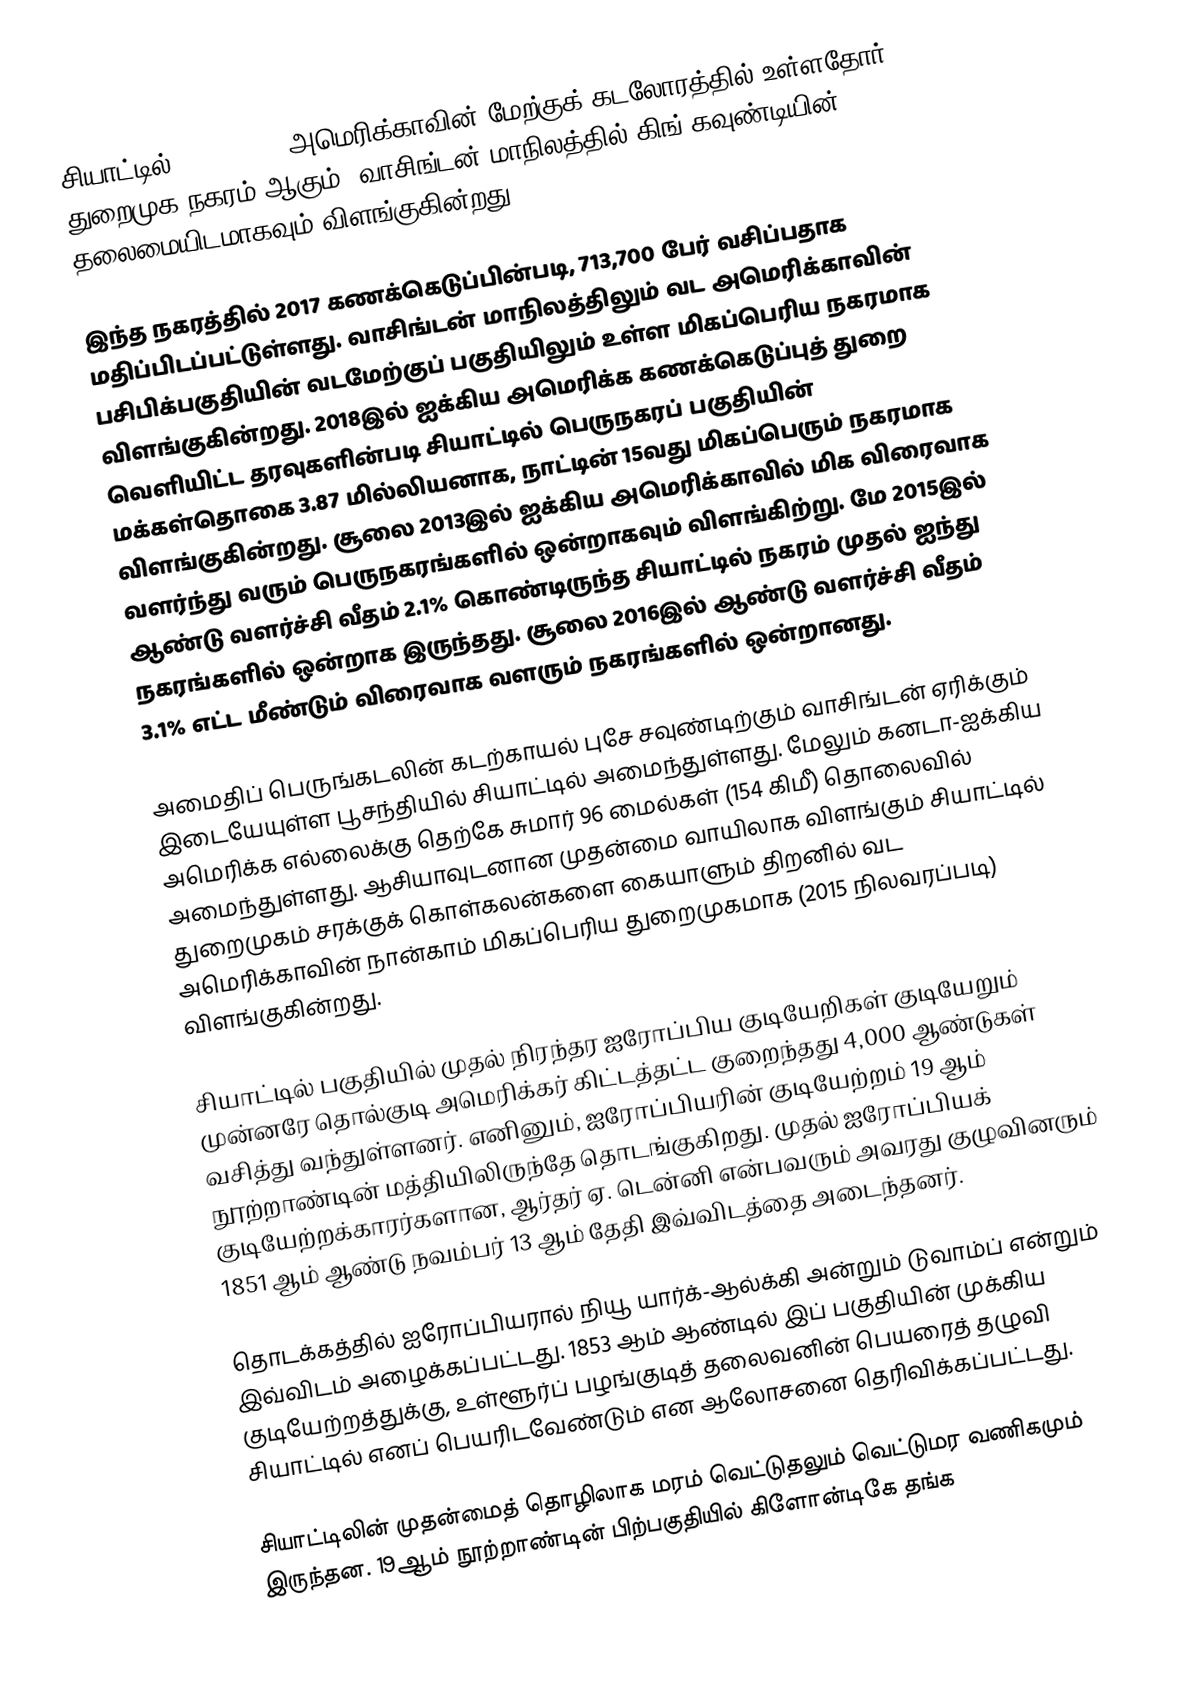
சியாட்டில் (Seattle  ) அமெரிக்காவின் மேற்குக் கடலோரத்தில் உள்ளதோர் துறைமுக நகரம் ஆகும்.  வாசிங்டன் மாநிலத்தில் கிங் கவுண்டியின் தலைமையிடமாகவும் விளங்குகின்றது.

இந்த நகரத்தில் 2017 கணக்கெடுப்பின்படி,  713,700 பேர் வசிப்பதாக மதிப்பிடப்பட்டுள்ளது. வாசிங்டன் மாநிலத்திலும் வட அமெரிக்காவின் பசிபிக்பகுதியின் வடமேற்குப் பகுதியிலும் உள்ள மிகப்பெரிய நகரமாக விளங்குகின்றது. 2018இல் ஐக்கிய அமெரிக்க கணக்கெடுப்புத் துறை வெளியிட்ட தரவுகளின்படி சியாட்டில் பெருநகரப் பகுதியின் மக்கள்தொகை 3.87 மில்லியனாக, நாட்டின் 15வது மிகப்பெரும் நகரமாக விளங்குகின்றது. சூலை 2013இல் ஐக்கிய அமெரிக்காவில் மிக விரைவாக வளர்ந்து வரும் பெருநகரங்களில் ஒன்றாகவும் விளங்கிற்று. மே 2015இல் ஆண்டு வளர்ச்சி வீதம்  2.1% கொண்டிருந்த சியாட்டில் நகரம் முதல் ஐந்து நகரங்களில் ஒன்றாக இருந்தது. சூலை 2016இல்  ஆண்டு வளர்ச்சி வீதம்  3.1% எட்ட மீண்டும் விரைவாக வளரும் நகரங்களில் ஒன்றானது.

அமைதிப் பெருங்கடலின் கடற்காயல் புசே சவுண்டிற்கும்  வாசிங்டன் ஏரிக்கும் இடையேயுள்ள பூசந்தியில்  சியாட்டில் அமைந்துள்ளது. மேலும் கனடா-ஐக்கிய அமெரிக்க எல்லைக்கு தெற்கே சுமார் 96 மைல்கள் (154 கிமீ) தொலைவில் அமைந்துள்ளது. ஆசியாவுடனான முதன்மை வாயிலாக விளங்கும் சியாட்டில் துறைமுகம் சரக்குக் கொள்கலன்களை கையாளும் திறனில் வட அமெரிக்காவின் நான்காம் மிகப்பெரிய துறைமுகமாக (2015 நிலவரப்படி) விளங்குகின்றது.

சியாட்டில் பகுதியில் முதல் நிரந்தர ஐரோப்பிய குடியேறிகள் குடியேறும் முன்னரே தொல்குடி அமெரிக்கர் கிட்டத்தட்ட குறைந்தது 4,000 ஆண்டுகள் வசித்து வந்துள்ளனர். எனினும், ஐரோப்பியரின் குடியேற்றம் 19 ஆம் நூற்றாண்டின் மத்தியிலிருந்தே தொடங்குகிறது. முதல் ஐரோப்பியக் குடியேற்றக்காரர்களான, ஆர்தர் ஏ. டென்னி என்பவரும் அவரது குழுவினரும் 1851 ஆம் ஆண்டு நவம்பர் 13 ஆம் தேதி இவ்விடத்தை அடைந்தனர்.

தொடக்கத்தில் ஐரோப்பியரால் நியூ யார்க்-ஆல்க்கி அன்றும் டுவாம்ப் என்றும் இவ்விடம் அழைக்கப்பட்டது. 1853 ஆம் ஆண்டில் இப் பகுதியின் முக்கிய குடியேற்றத்துக்கு, உள்ளூர்ப் பழங்குடித் தலைவனின் பெயரைத் தழுவி சியாட்டில் எனப் பெயரிடவேண்டும் என ஆலோசனை தெரிவிக்கப்பட்டது.

சியாட்டிலின் முதன்மைத் தொழிலாக மரம் வெட்டுதலும் வெட்டுமர வணிகமும் இருந்தன. 19ஆம் நூற்றாண்டின் பிற்பகுதியில் கிளோன்டிகே தங்க